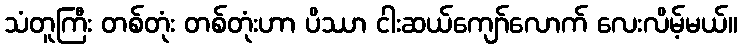
သံတူကြီး တစ်တုံး တစ်တုံးဟာ ပိဿာ ငါးဆယ်ကျော်လောက် လေးလိမ့်မယ်။